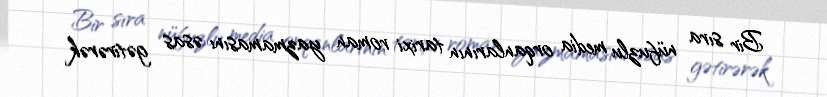
Bir sıra nüfuzlu media orqanlarının tarixi roman yazmamasını əsas gətirərək